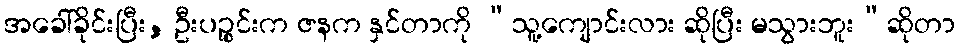
အခေါ်ခိုင်းပြီး, ဦးပဉ္စင်းက ဇနက နှင်တာကို “သူ့ကျောင်းလား ဆိုပြီး မသွားဘူး”ဆိုတာ